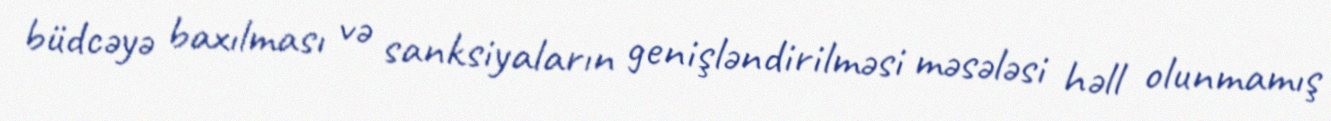
büdcəyə baxılması və sanksiyaların genişləndirilməsi məsələsi həll olunmamış